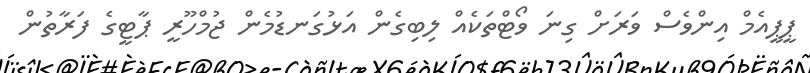
ޕީޕީއެމް އިންވެސް ވަރަށް ގިނަ ވޯޓްތަކެއް ލިބިގެން އަޅުގަނޑުމެން ޖުމްހޫރީ ޕާޓީގެ ފަރާތުން